Annual report on the working of the mental hospitals in the Madras Presidency - 1912-1932
Year: 1912
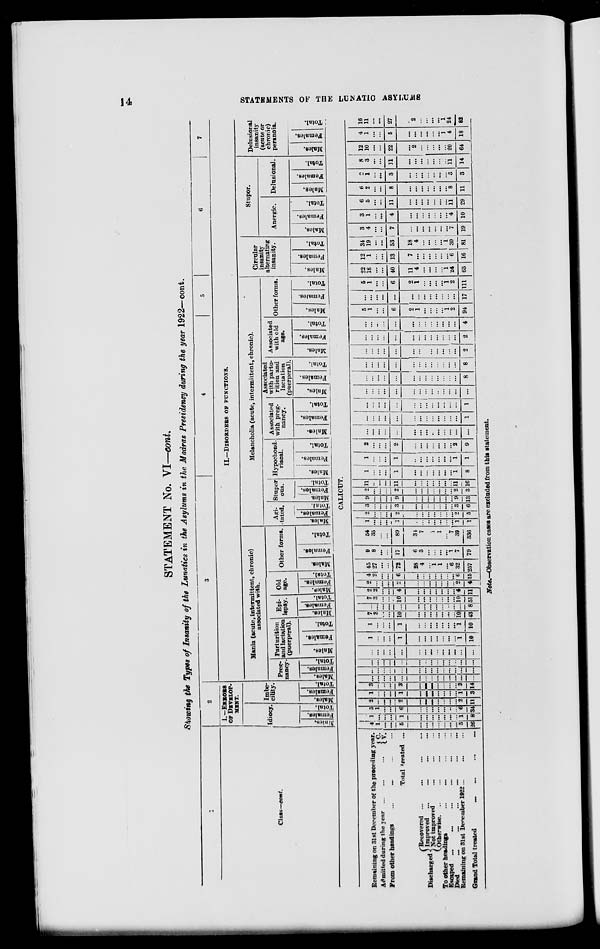
14
STATEMENTS OF THE LUNATIC ASYLUMS
STATEMENT No. VI—cont.
Showing the Types of Insanity of the Lunatics in the Asylums in the Madras Presidency during the year 1922—cont.
1
Class—cont.
Remaining on 31st December of the preceding rear.
Admitted during the year ... ... ...
C.
V.
From other headings ... ... ...
Total treated ...
Discharged
Recovered ... ... ... ...
Improved ... ... ... ...
Not improved ... ... ... ...
Otherwise. ... ... ... ...
To other headings ... ... ... ...
Escaped ... ... ... ... ...
Died ... ... ... ... ... ...
Remaining on 31st December 1922 ... ... ...
Grand Total treated ... ... ... ...
2
I.—ERRORS
OF DEVELOP-
MENT.
Idiocy.
Males.
Females.
Total.
Imbe-
cility.
Males.
Females.
Total.
3
4
5
6
7
II.—DISORDERS OF FUNCTIONS.
Mania (acute, intermittent, chronic)
associated with.
Preg-
nancy.
Males.
Females.
Total.
Parturition
and lactation
(puerperal).
Males.
Females.
Total.
Epi-
lepsy.
Males.
Females.
Total.
Old
age.
Males.
Females.
Totals.
Other forms.
Males.
Females.
Total.
Melancholia (acute, intermittent, chronic).
Agi-
tated.
Males.
Females.
Total.
Stupor
ous.
Males.
Females.
Total.
Hypochond-
riacal.
Males.
Females.
Total.
Associated
with preg-
nancy.
Males.
Females.
Total.
Associated
with partu-
rition and
lactation
(puerperal).
Males.
Females.
Total.
Associated
with old
age.
Males.
Females.
Total.
Other forms.
Males.
Females.
Total.
Circular
insanity
alternating
insanity.
Males.
Females.
Total.
Stupor.
Anergic.
Males.
Females.
Total.
Delusional.
Males.
Females.
Total.
Delusional
insanity
(acute or
chronic)
peranoia.
Males.
Females.
Total.
CALICUT.
4
1
...
...
5
...
...
...
...
...
...
...
5
26
1
...
...
...
1
...
...
...
...
...
...
...
1
8
5
1
...
...
6
...
...
...
...
...
...
...
6
34
2
...
...
...
2
...
...
...
...
...
...
...
2
11
1
...
...
...
1
...
...
...
...
...
...
...
1
3
3
...
...
...
3
...
...
...
...
...
...
...
3
14
...
...
...
...
...
...
...
...
...
...
...
...
...
...
...
...
...
...
...
...
...
...
...
...
...
...
...
...
...
...
...
...
...
...
...
...
...
...
...
...
...
...
...
...
...
...
...
...
...
...
...
...
...
...
...
...
1
...
...
...
1
...
...
...
...
...
...
...
1
10
1
...
...
...
1
...
...
...
...
...
...
...
1
10
7
3
...
...
10
...
...
...
...
...
...
...
10
43
...
...
...
...
...
...
...
...
...
...
..
...
...
8
7
3
...
...
10
...
...
...
...
...
...
...
10
51
2
2
...
...
4
...
...
...
...
...
...
...
4
11
2
...
...
...
2
...
...
...
...
...
...
...
2
4
4
2
...
...
6
...
...
...
...
...
...
...
6
15
45
27
...
...
72
28
4
...
1
1
...
6
32
257
9
8
...
...
17
6
3
...
...
...
...
1
7
79
54
35
...
...
89
34
7
...
1
1
... 7
39
336
1
...
...
...
1
...
...
...
...
...
...
...
1
1
2
...
...
...
2
...
...
...
...
...
...
...
2
5
3
...
...
...
3
...
...
...
...
...
...
...
3
6
9
...
...
...
9
...
...
...
...
...
...
...
9
13
2
...
...
...
2
...
...
...
...
...
....
...
2
3
11
...
...
...
11
...
...
...
...
...
...
...
11
16
1
...
...
...
1
...
...
...
...
...
...
...
1
8
1
...
...
...
1
...
...
...
...
...
...
...
1
1
2
...
...
...
2
...
...
...
...
...
...
...
2
9
...
...
...
...
...
...
...
...
...
...
...
...
...
...
...
...
...
...
...
...
...
...
...
...
...
...
...
1
...
...
...
...
...
...
...
...
...
...
...
...
...
1
...
...
...
...
...
...
...
...
...
...
...
...
...
...
...
...
...
...
...
...
...
...
...
...
...
...
...
8
...
...
...
...
...
...
...
...
...
...
...
...
...
8
...
...
...
...
...
...
...
...
...
...
...
...
...
2
...
...
...
...
...
...
...
...
...
...
...
...
...
2
...
...
...
...
...
...
...
...
...
...
...
...
...
4
5
1
...
...
6
2
1
...
...
...
...
1
2
94
...
...
...
...
...
...
...
...
...
...
...
...
...
17
5
1
...
...
6
2
1
...
...
...
...
1
2
111
22
18
...
...
40
11
4
...
...
...
...
1
24
65
12
1
...
...
13
7
...
...
...
...
...
...
6
16
34
19
...
...
53
18
4
...
...
...
...
1
30
81
3
4
...
...
7
...
...
...
...
...
...
...
7
19
3
1
...
...
4
...
...
...
...
...
...
...
4
10
6
5
...
...
11
...
...
...
...
...
...
...
11
29
6
2
...
...
8
...
...
...
...
...
...
...
8
11
2
1
...
...
3
...
...
...
...
...
...
...
3
3
8
3
...
...
11
...
...
...
...
...
...
...
11
14
12
10
...
...
22
...
2
...
...
...
...
...
20
64
4
1
...
...
5
...
...
...
...
...
...
1
4
18
16
11
...
...
27
...
2
...
...
...
...
1
24
82
Note.—Observation cases are excluded from this statement.